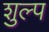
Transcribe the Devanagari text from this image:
शुल्प